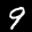
Label: 9